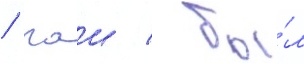
/ гаи / бы́л